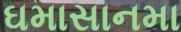
ઘમાસાનમા